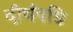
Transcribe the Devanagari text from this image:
दीर्घवधि